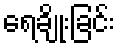
ရေချိုးခြင်း